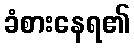
ခံစားနေရ၏